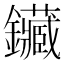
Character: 鑶